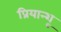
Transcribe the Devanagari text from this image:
प्रियान्शू